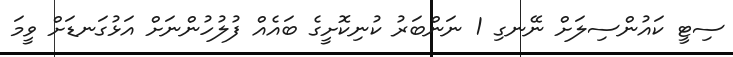
ސިޓީ ކައުންސިލަށް ނޭނގި 1 ނަންބަރު ކުނިކޮށީގެ ބައެއް ފުލުހުންނަށް އަޅުގަނޑަށް ވީމަ